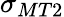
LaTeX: \sigma_{MT2}